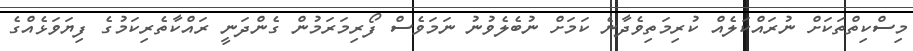
މިސްކިތްތަކަށް ނުރައްކަލެއް ކުރިމަތިވެދާނެ ކަމަށް ނުބެލެވުނު ނަމަވެސް ފޯރިމަރަމުން ގެންދަނީ ރައްކާތެރިކަމުގެ ފިޔަވަޅެއްގެ